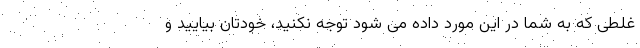
غلطی که به شما در این مورد داده می شود توجه نکنید، خودتان بیایید و